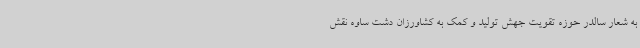
به شعار سالدر حوزه تقویت جهش تولید و کمک به کشاورزان دشت ساوه نقش